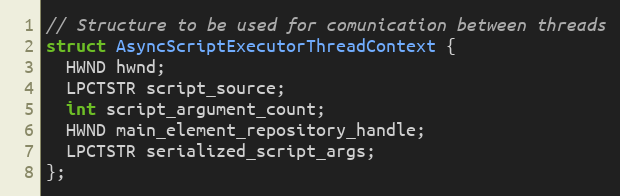
Language: C
// Structure to be used for comunication between threads
struct AsyncScriptExecutorThreadContext {
  HWND hwnd;
  LPCTSTR script_source;
  int script_argument_count;
  HWND main_element_repository_handle;
  LPCTSTR serialized_script_args;
};